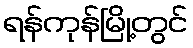
ရန်ကုန်မြို့တွင်